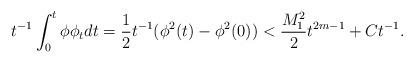
LaTeX: \begin{align*}t^{-1}\int_0^t\phi\phi_tdt=\frac{1}{2}t^{-1}(\phi^2(t)-\phi^2(0))< \frac{M_1^2}{2}t^{2m-1}+Ct^{-1}.\end{align*}